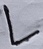
Text: L